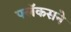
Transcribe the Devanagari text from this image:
फ्लॅकसने